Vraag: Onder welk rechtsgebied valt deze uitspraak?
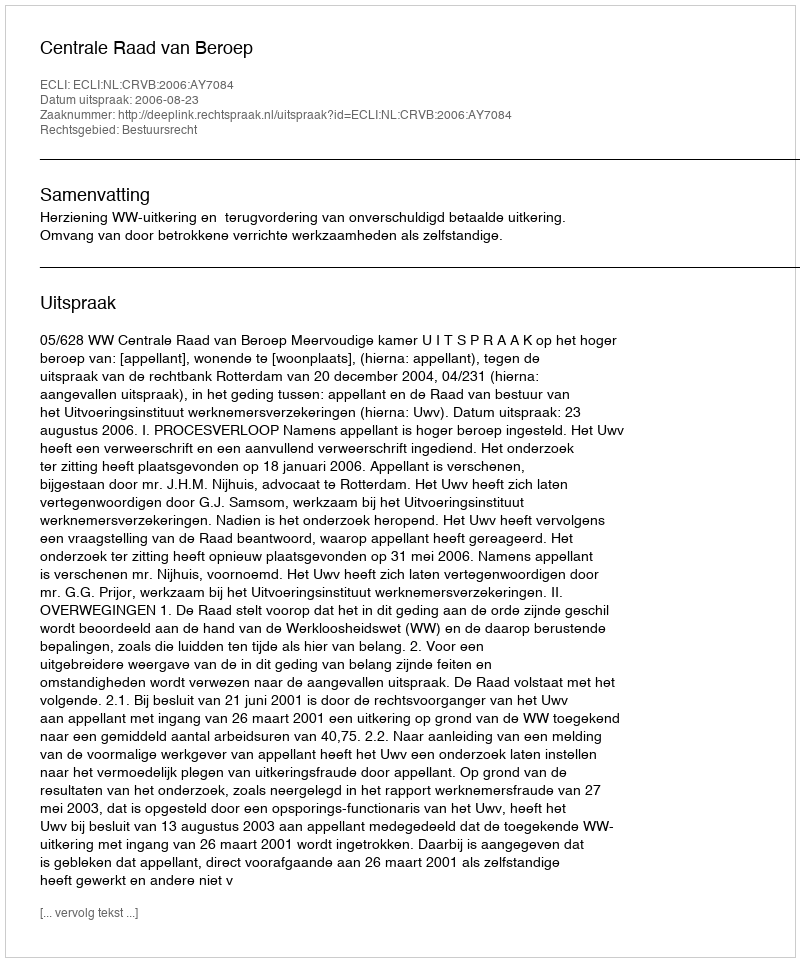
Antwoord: Bestuursrecht